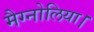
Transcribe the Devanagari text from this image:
मैग्नोलिया।